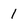
Character: 1